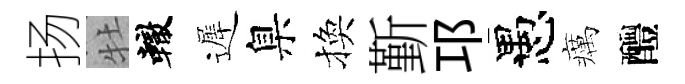
扬牡轍遲臬換斳邛愚癘醴